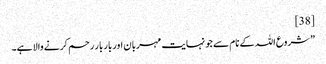
[38]
” شروع اللہ کے نام سے جو نہایت مہربان اور بار بار رحم کرنے والا ہے۔